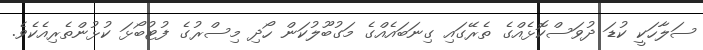
ސަލާހަކީ ކުޑަ ދުވަސްކޮޅެއްގެ ތެރޭގައި ގިނަބައެއްގެ މަގުބޫލުކަން ހޯދި މިސްރުގެ ފުޓުބޯޅަ ކުޅުންތެރިއެކެވެ.